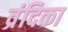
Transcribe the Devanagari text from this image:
व्रंदिका